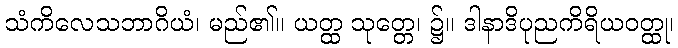
သံကိလေသဘာဂိယံ၊ မည်၏။ ယတ္ထ သုတ္တေ၊ ၌။ ဒါနာဒိပုညကိရိယဝတ္ထု၊